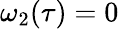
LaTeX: \omega_{2}(\tau)=0